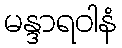
မန္ဒာရဝါနံ